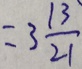
= 3 \frac { 1 3 } { 2 1 }